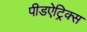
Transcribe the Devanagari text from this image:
पीडऐट्रिक्स